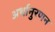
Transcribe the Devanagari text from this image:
अर्थानुरणन